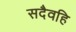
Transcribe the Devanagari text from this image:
सदैवहि